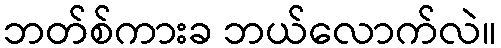
ဘတ်စ်ကားခ ဘယ်လောက်လဲ။